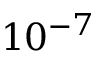
1 0 ^ { - 7 }